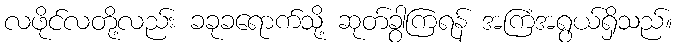
လဖိုင်လတို့လည်း ခခုခရောက်သို့ ဆုတ်ခွာကြရန် အကြံအရွယ်ရှိသည်။